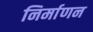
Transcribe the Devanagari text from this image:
निर्माणन